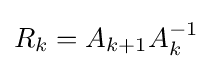
\textstyle R_{k}=A_{k+1}A_{k}^{-1}